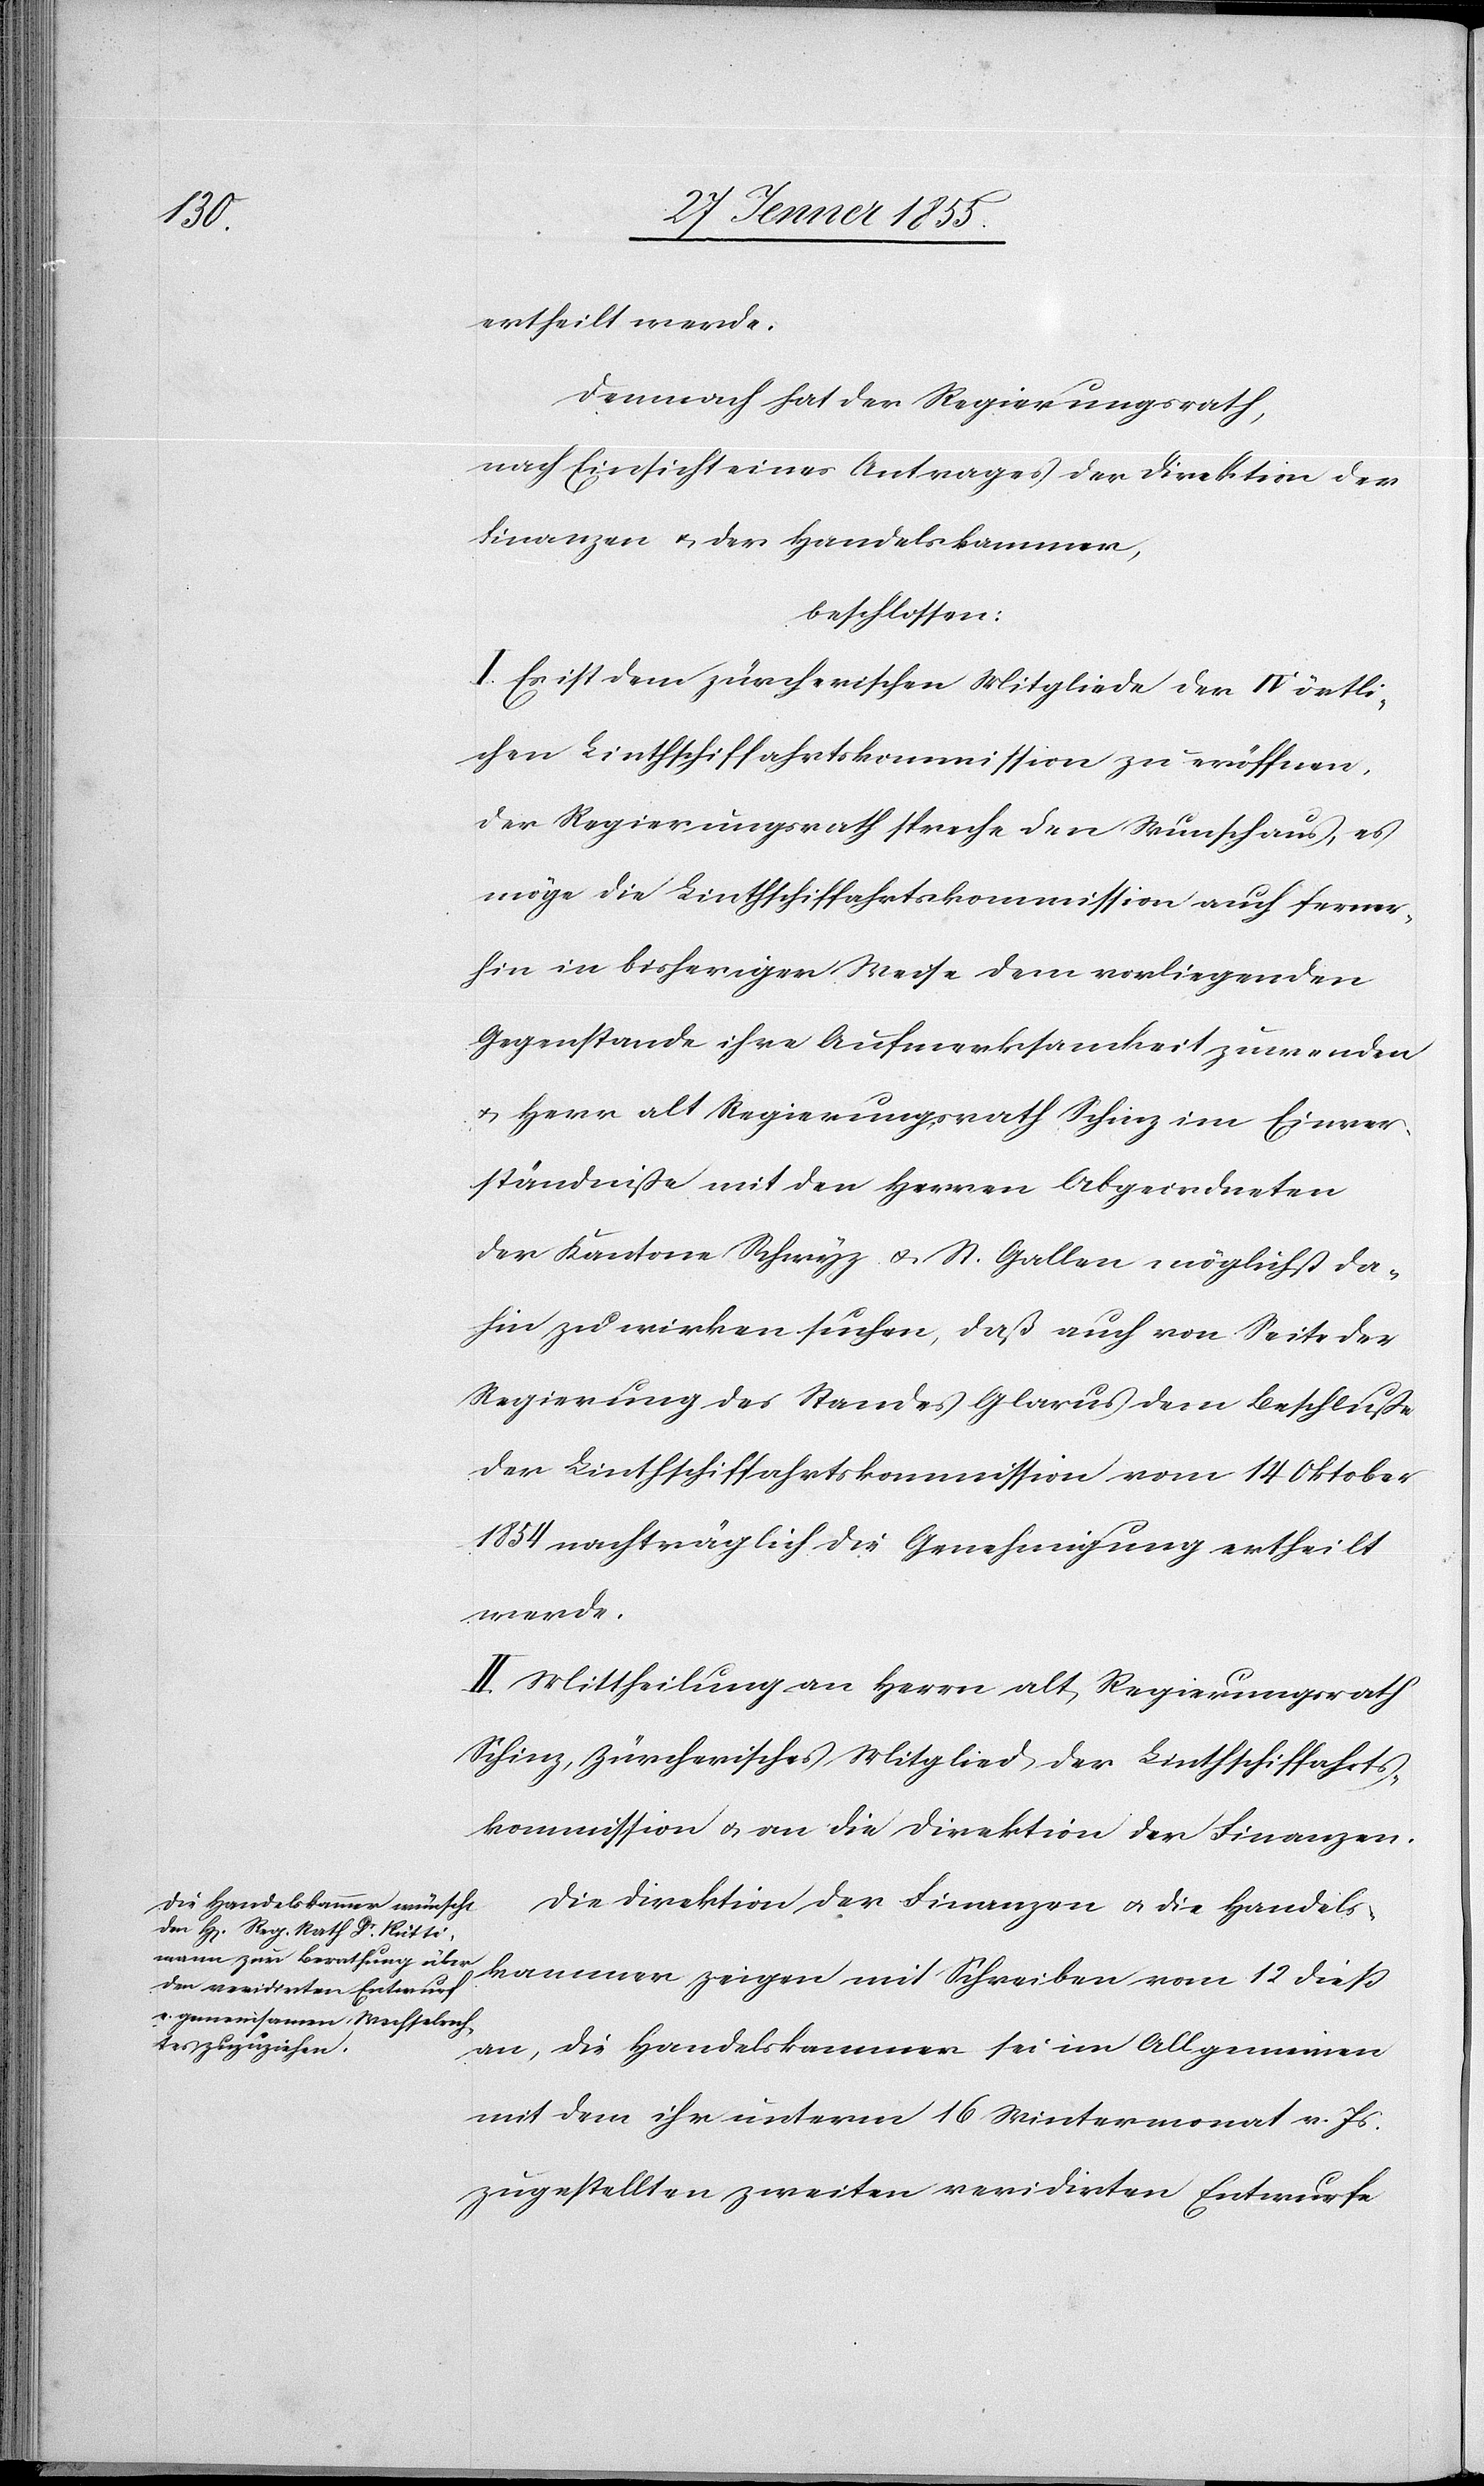
ertheilt werde.
Demnach hat der Regierungsrath,
nach Einsicht eines Antrages der Direktion der
Finanzen & der Handelskammer,
beschlossen:
I. Es ist dem zürcherischen Mitgliede der IV örtli¬
chen Linthschiffahrtskommission zu eröffnen,
der Regierungsrath spreche den Wunsch aus, es
möge die Linthschiffahrtskommission auch ferner¬
hin in bisheriger Weise dem vorliegenden
Gegenstande ihre Aufmerksamkeit zuwenden
& Herr alt Regierungsrath Schinz im Einver¬
ständnisse mit den Herren Abgeordneten
der Kantone Schwyz & St. Gallen möglichst da¬
hin zu wirken suchen, daß auch von Seite der
Regierung des Standes Glarus dem Beschlusse
der Linthschiffahrtskommission vom 14 Oktober
1854 nachträglich die Genehmigung ertheilt
werde.
II. Mittheilung an Herrn alt Regierungsrath
Schinz, zürcherisches Mitglied der Linthschiffahrts¬
kommission & an die Direktion der Finanzen.
Die Direktion der Finanzen & die Handels¬
kammer zeigen mit Schreiben vom 12 dieß
an, die Handelskammer sei im Allgemeinen
mit dem ihr unterm 16 Wintermonat v. Js.
zugestellten zweiten revidirten Entwurfe